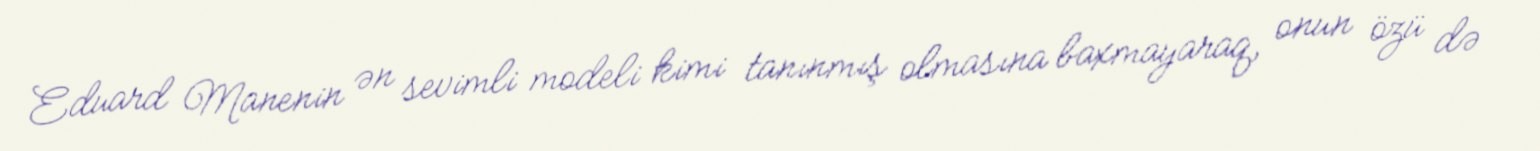
Eduard Manenin ən sevimli modeli kimi tanınmış olmasına baxmayaraq, onun özü də